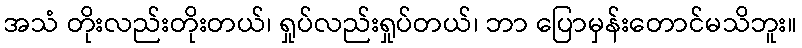
အသံ တိုးလည်းတိုးတယ်၊ ရှုပ်လည်းရှုပ်တယ်၊ ဘာ ပြောမှန်းတောင်မသိဘူး။